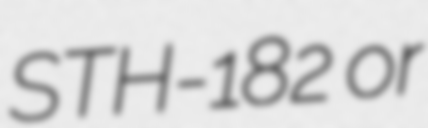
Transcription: STH-182 or